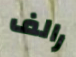
رالف